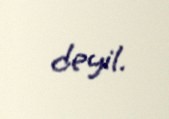
deyil.